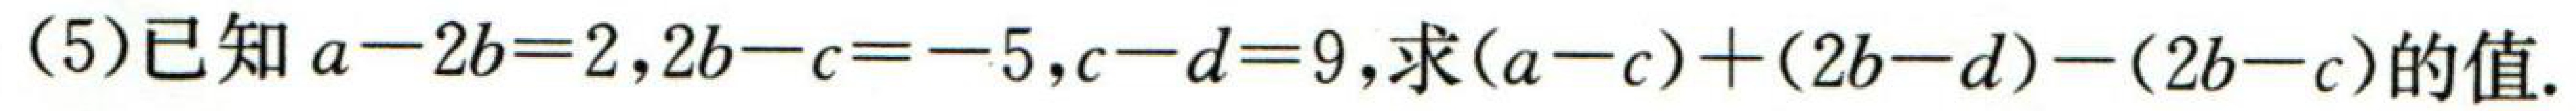
(5)已知\(a - 2b = 2\)，\(2b - c = - 5\)，\(c - d = 9\)，求\((a - c)+(2b - d)-(2b - c)\)的值.